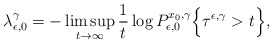
\begin{align*} \lambda_{\epsilon, 0}^{\gamma} = - \limsup_{t \rightarrow \infty} \frac{1}{t} \log P_{\epsilon,0}^{x_0,\gamma}\Bigl\{\tau^{\epsilon,\gamma} > t \Bigr\}, \end{align*}